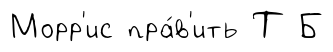
Морр'ис пра́в'ить Т Б